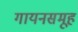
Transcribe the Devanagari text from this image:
गायनसमूह